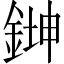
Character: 𫒨